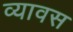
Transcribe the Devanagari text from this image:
व्यावस